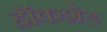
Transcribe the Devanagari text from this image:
हॉकशेड